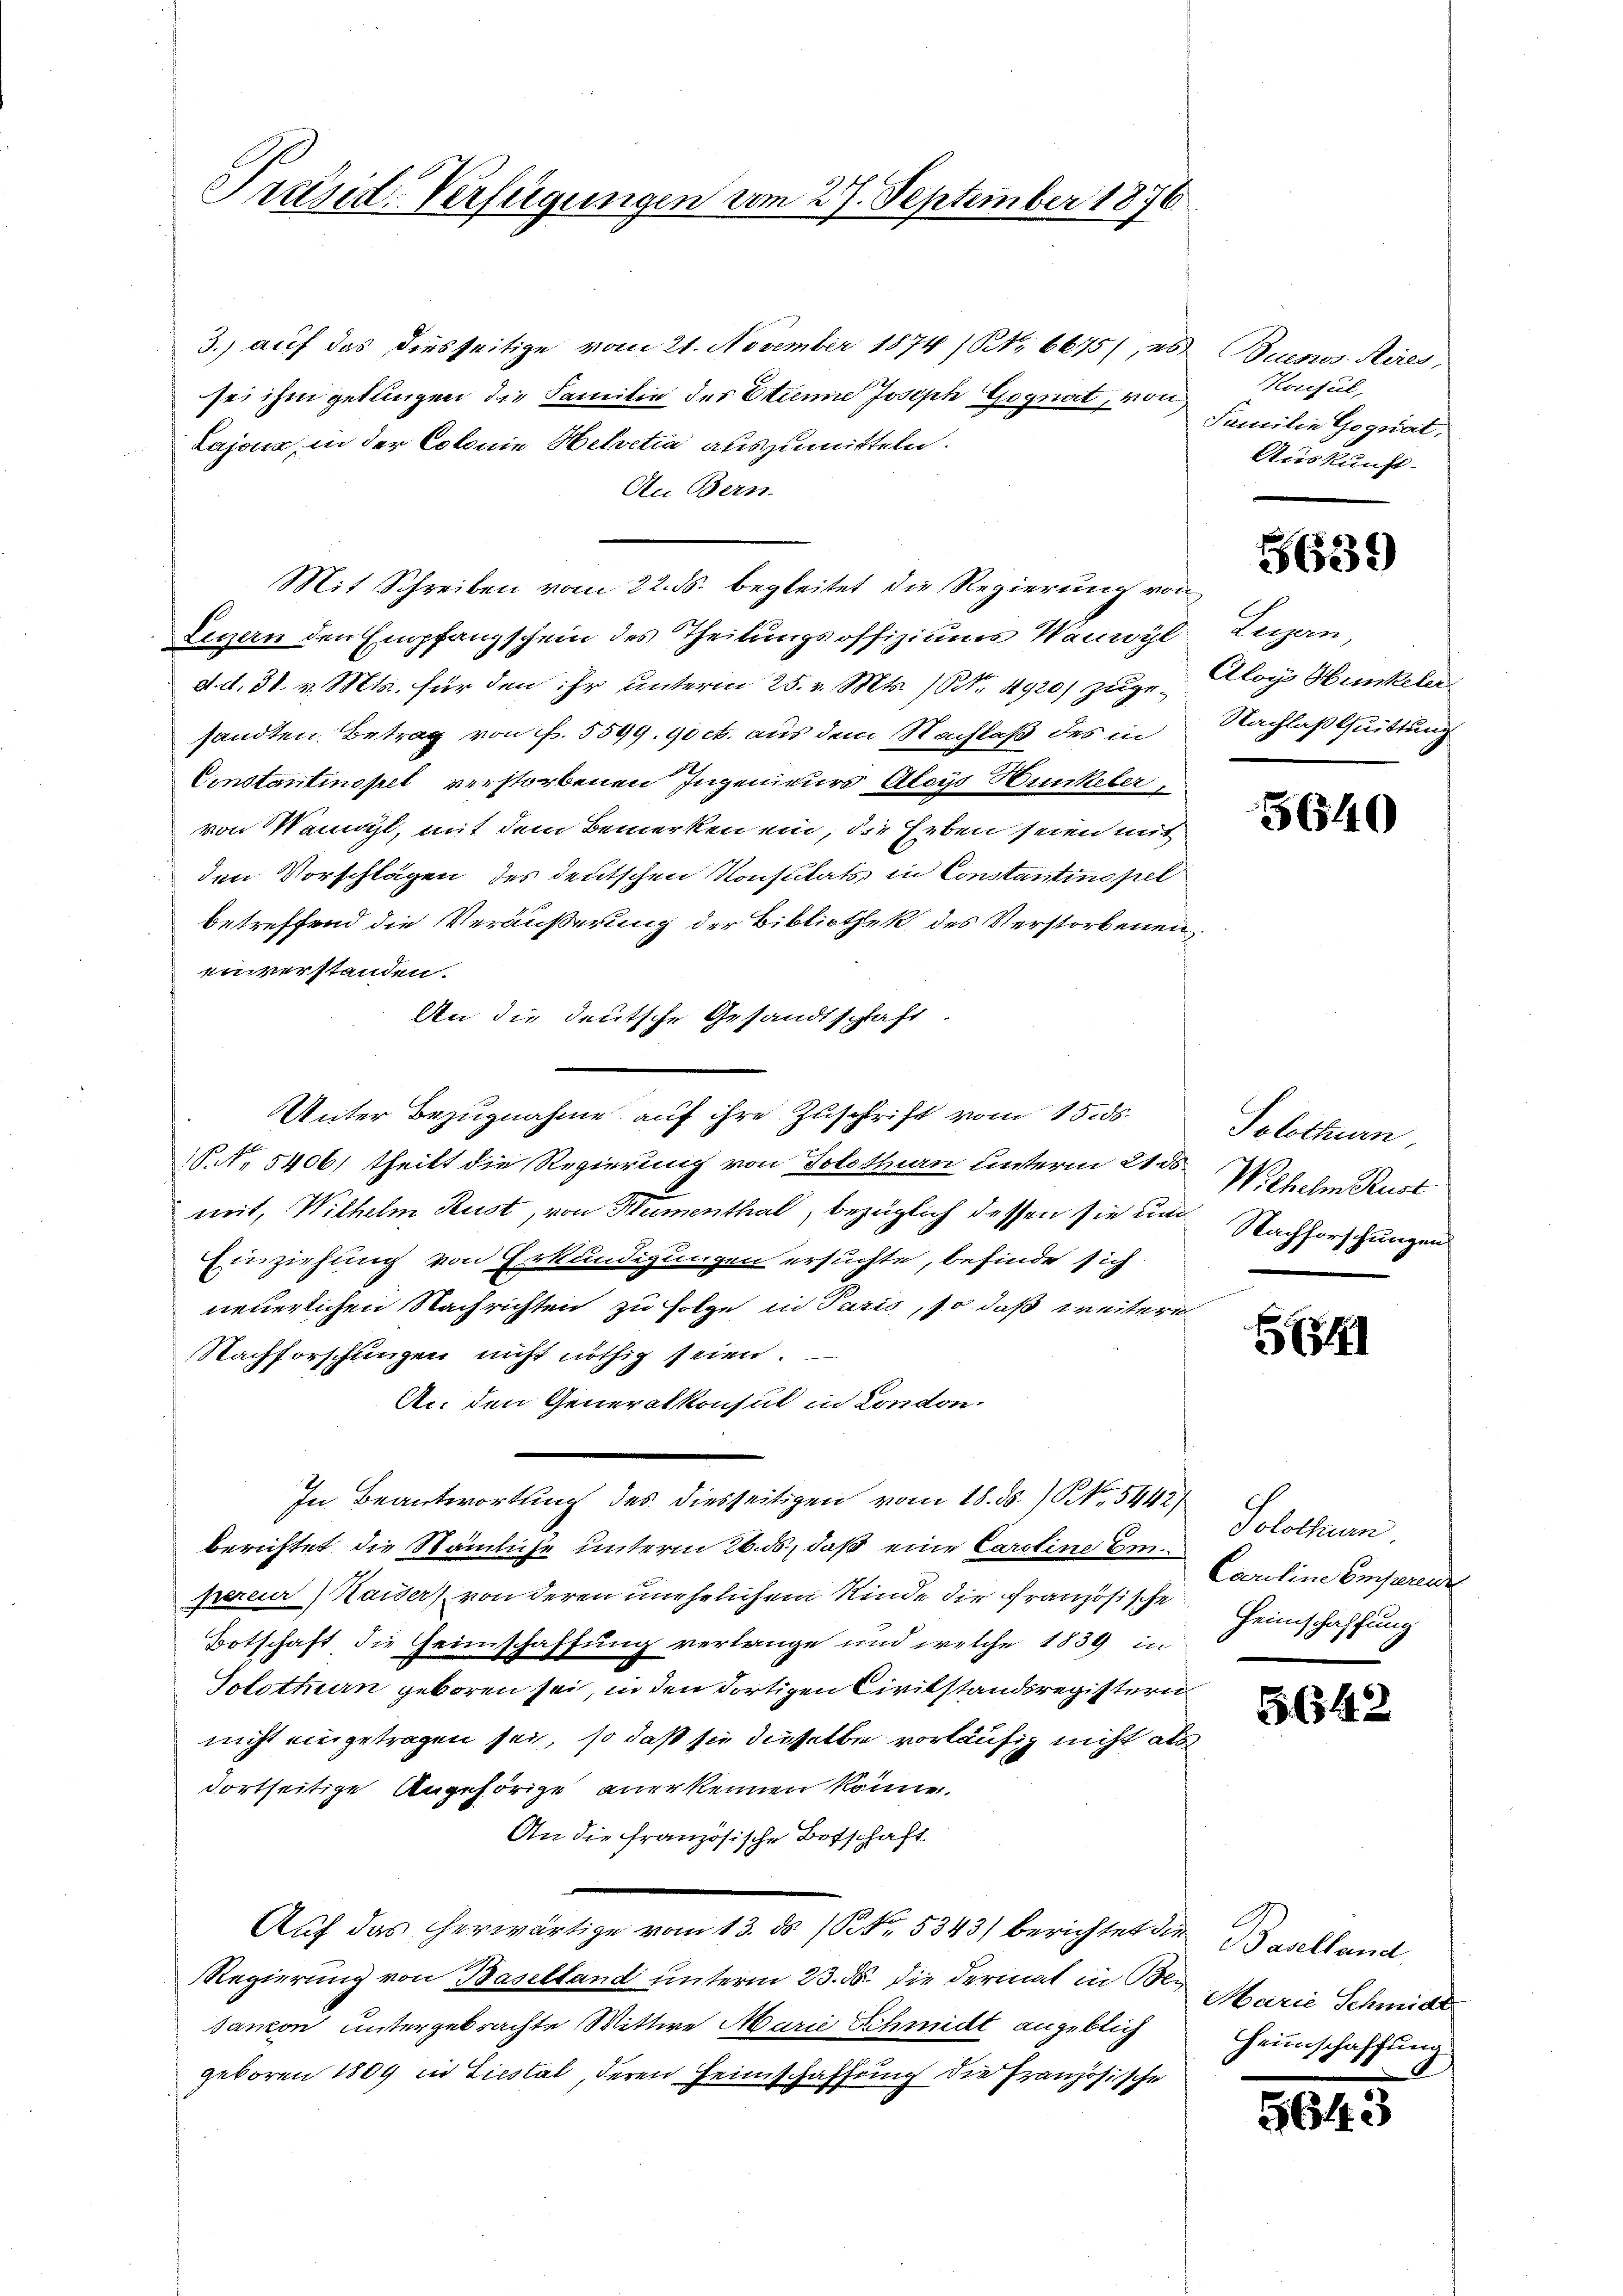
Präsid. Verfügungen vom 27. September 1876

3.) auf das diesseitige vom 21. November 1874 (No 6675), 26
sei ihm gelangen die Familie des Etune Joseph Gognat, von
Lajour, in der Colonie Helvetia auszumitteln.
Au Bern.
Mit Schreiben vom 22. ds. begleitet die Regierung von
Legen den Empfangschein des Theilungsoffiziums Wanwyl, Zugan,
d. d. 31. v. Mts. für den ihr unterm 25. v. Mts. (Art. 4920) zugesandten Betrag von f. 5599. 90 ct. aus dem Nachlaß des in
Constantinopel verstorbenen Ingenieurs Aloys Hunkeler,
von Kennt, mit dem Bemerken ein, die heben seien mit
den Vorschlägen des deutschen Konsulats in Constantinopel
betreffend die Veräußerung der Bibliothek des Verstorbenen
enverstanden.
An die deutsche Gesandtschaft
Unter Bezugnahme auf ihre Zuschrift vom 15. ds.
.N. 5406) theilt die Regierung von Tolethun unterm 21. ds
mit, Wilhelm Kust, von Kumenthal, bezüglich dessen sie un
Einziehung von Erkundigungen ersuchte, befinde sich
neuerlichen Nachrichten zu Folge in Paris, so daß weitere
Nachforschungen nicht nöthig seien.
An den Generalkonsul in London
In Beantwortung des diesseitigen vom 18. ds. / NNo. 5442,
berichtet die Stämliche unterm 26. ds, daß eine Caroline Einpereur Kaiser, von deren unehelichem Rinde die französische
Botschaft die Heimschaffung verlange und welche 1839 in
Solothurn geboren sei, in den dortigen Civilstandsregistern
nicht eingetragen sei, so daß sie dieselbe vorläufig nicht als
dortseitige Angehörige anerkennen könne.
An die französische Botschaft
Auf das herwärtige vom 13. ds P. Nr. 5343) berichtet die Baselland
Regierung von Baselland unterm 23. ds. die dermat in Besanon untergebrachte Wittwe Marie Schmidt angeblich
geboren 1809 in Liestat deren Heimschaffung die Französische

Buenos Aires,
Koreful,
Familie Gegniat
Auskunft.

5639

Aloys Hunkeler
Nachlaß Quittung

5640

Solothurn,
Wilhelm Rust
Nachforschungen

541

Solothur
Caroline Eiferende
Heimschaffung

5642

Marie Schmide
Heimschaffung

564